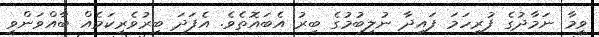
ވީމާ ނަމާދުގެ ފުރިހަމަ ފައިދާ ނުލިބުމުގެ ބިރު އެބައޮތެވެ. އެފަދަ ބިރުވެރިކަމެއް ބާއްވަންވީ